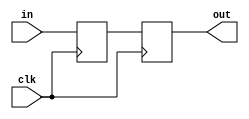
// pulse synchronizer
module synchronize #(parameter NSYNC = 2)  // number of sync flops.  must be >= 2
                   (input clk,in,
                    output reg out);

  reg [NSYNC-2:0] sync;

  always @ (posedge clk)
  begin
    {out,sync} <= {sync[NSYNC-2:0],in};
  end
endmodule